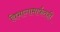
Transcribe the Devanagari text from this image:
विभागामार्फतही